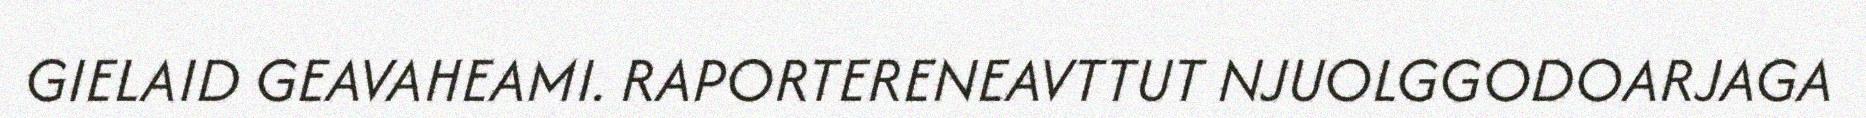
GIELAID GEAVAHEAMI. RAPORTERENEAVTTUT NJUOLGGODOARJAGA